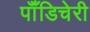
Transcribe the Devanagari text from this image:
पॉँडिचेरी